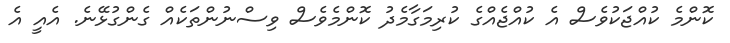
ކޮންމެ ކުއްޖަކުވެސް އެ ކުއްޖެއްގެ ކުރިމަގާމެދު ކޮންމެވެސް ވިސްނުންތަކެއް ގެންގުޅޭނެ. އެއީ އެ